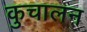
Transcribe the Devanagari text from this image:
कुचालन